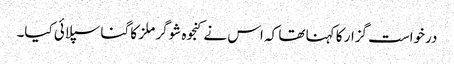
درخواست گزار کا کہنا تھا کہ اس نے کنجوہ شوگر ملز کا گنا سپلائی کیا۔